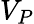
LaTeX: V_{P}